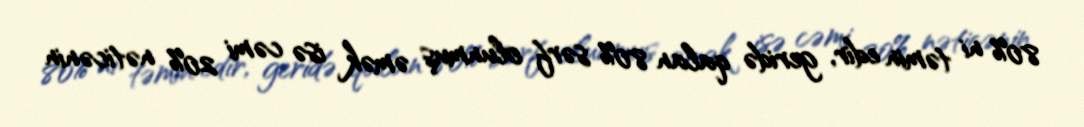
80% ni təmin edir, geridə qalan 80% sərf olunmuş əmək isə cəmi 20% nəticənin